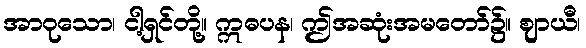
အာဝုသော၊ ငါ့ရှင်တို့။ ဣဓပန၊ ဤအဆုံးအမတော်၌။ ဈာယီ၊